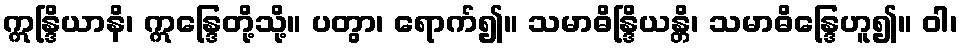
ဣန္ဒြိယာနိ၊ ဣန္ဒြေတို့သို့။ ပတွာ၊ ရောက်၍။ သမာဓိန္ဒြိယန္တိ၊ သမာဓိန္ဒြေဟူ၍။ ဝါ၊